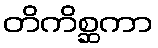
တိကိစ္ဆကာ